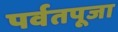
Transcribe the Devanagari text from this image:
पर्वतपूजा